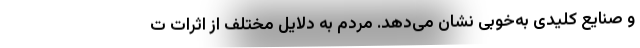
و صنایع کلیدی به‌خوبی نشان می‌دهد. مردم به دلایل مختلف از اثرات ت